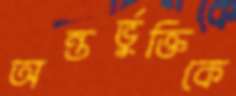
অন্তর্ভুক্তিকে